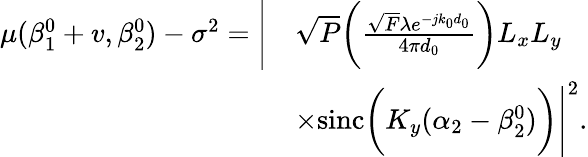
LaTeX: \begin{array}{rl}{\mu(\beta_{1}^{0}+v,\beta_{2}^{0})-\sigma^{2}=\Bigg|}&{\sqrt{P}\bigg(\frac{\sqrt{F}\lambda e^{-jk_{0}d_{0}}}{4\pi d_{0}}\bigg)L_{x}L_{y}}\\ &{\times\mathrm{sinc}\bigg(K_{y}(\alpha_{2}-\beta_{2}^{0})\bigg)\Bigg|^{2}.}\end{array}